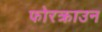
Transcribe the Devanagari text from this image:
फोरक्राउन